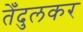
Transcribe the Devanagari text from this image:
तेँदुलकर